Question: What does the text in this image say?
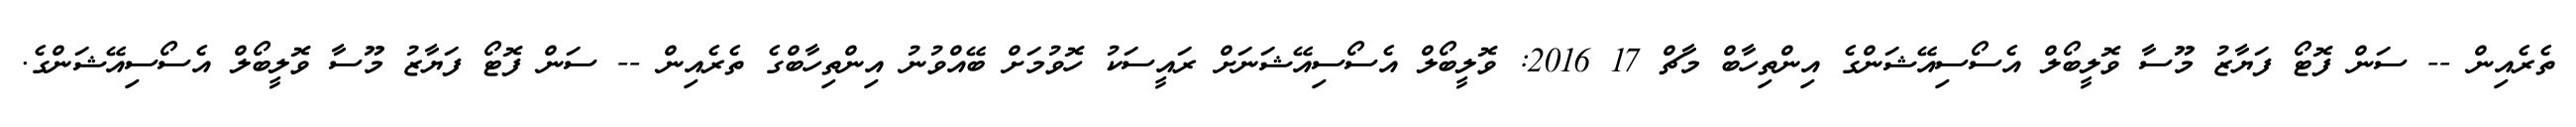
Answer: ތެރެއިން -- ސަން ފޮޓޯ ފަޔާޒު މޫސާ ވޮލީބޯލް އެސޯސިއޭޝަންގެ އިންތިހާބް މާޗް 17 2016: ވޮލީބޯލް އެސޯސިއޭޝަނަށް ރައީސަކު ހޮވުމަށް ބޭއްވުނު އިންތިހާބްގެ ތެރެއިން -- ސަން ފޮޓޯ ފަޔާޒު މޫސާ ވޮލީބޯލް އެސޯސިއޭޝަންގެ.